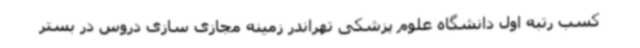
کسب رتبه اول دانشگاه علوم پزشکی تهراندر زمینه مجازی سازی دروس در بستر